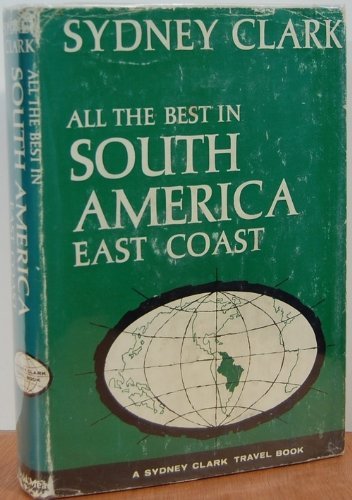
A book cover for All the Best in South America, East Coast: Venezuela, Surinam, Brazil, Paraguay, Uruguay, Argentina; sydney clark; Travel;